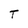
Character: T